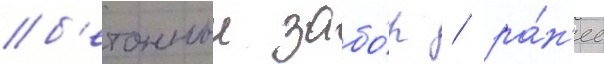
б'етонныи забо́р / ра́н'ее